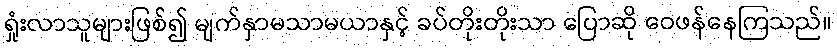
ရှုံးလာသူများဖြစ်၍ မျက်နှာမသာမယာနှင့် ခပ်တိုးတိုးသာ ပြောဆို ဝေဖန်နေကြသည်။